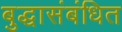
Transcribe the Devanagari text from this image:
बुद्धासंबंधित